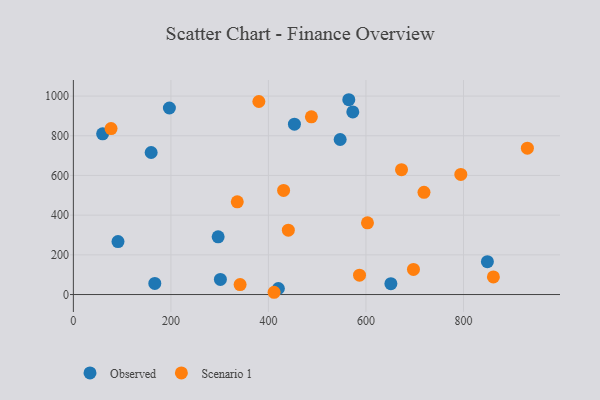
{"axis": {"x": "Investment", "y": "Sales"}, "legend": ["Observed", "Scenario 1"], "data": [{"x": "301.5", "y": 76.0, "type": "Observed"}, {"x": "564.8", "y": 981.6, "type": "Observed"}, {"x": "60.0", "y": 809.8, "type": "Observed"}, {"x": "573.0", "y": 920.1, "type": "Observed"}, {"x": "167.0", "y": 55.8, "type": "Observed"}, {"x": "651.1", "y": 54.7, "type": "Observed"}, {"x": "849.0", "y": 165.4, "type": "Observed"}, {"x": "547.1", "y": 781.2, "type": "Observed"}, {"x": "159.5", "y": 715.6, "type": "Observed"}, {"x": "196.9", "y": 939.9, "type": "Observed"}, {"x": "296.9", "y": 290.6, "type": "Observed"}, {"x": "453.3", "y": 858.4, "type": "Observed"}, {"x": "420.4", "y": 30.3, "type": "Observed"}, {"x": "91.5", "y": 267.0, "type": "Observed"}, {"x": "431.1", "y": 524.6, "type": "Scenario 1"}, {"x": "411.6", "y": 11.4, "type": "Scenario 1"}, {"x": "440.8", "y": 324.3, "type": "Scenario 1"}, {"x": "380.4", "y": 972.7, "type": "Scenario 1"}, {"x": "603.1", "y": 361.3, "type": "Scenario 1"}, {"x": "77.3", "y": 836.0, "type": "Scenario 1"}, {"x": "341.9", "y": 50.0, "type": "Scenario 1"}, {"x": "672.9", "y": 629.0, "type": "Scenario 1"}, {"x": "697.4", "y": 126.7, "type": "Scenario 1"}, {"x": "861.3", "y": 88.5, "type": "Scenario 1"}, {"x": "719.0", "y": 515.1, "type": "Scenario 1"}, {"x": "488.1", "y": 895.3, "type": "Scenario 1"}, {"x": "931.0", "y": 737.3, "type": "Scenario 1"}, {"x": "586.8", "y": 97.8, "type": "Scenario 1"}, {"x": "336.1", "y": 467.3, "type": "Scenario 1"}, {"x": "794.5", "y": 605.4, "type": "Scenario 1"}]}